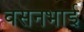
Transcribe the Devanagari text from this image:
वसनभाई